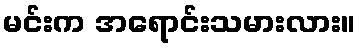
မင်းက အရောင်းသမားလား။